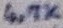
Text: 4,7K